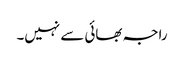
راجہ بھائی سے نہیں۔